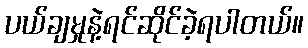
ပယ်ချမှုနဲ့ရင်ဆိုင်ခဲ့ရပါတယ်။